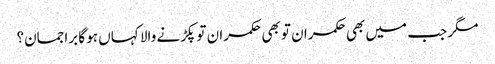
مگر جب میں بھی حکمران تو بھی حکمران تو پکڑنے والا کہاں ہو گا براجمان؟